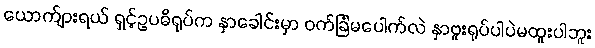
ယောက်ျားရယ် ရှင့်ဥပဓိရုပ်က နှာခေါင်းမှာ ဝက်ခြံမပေါက်လဲ နှာဗူးရုပ်ပါပဲမထူးပါဘူး